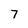
Character: 7